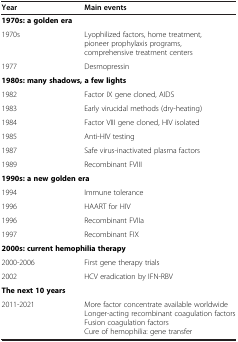
<table><thead><tr><td><b>Year</b></td><td><b>Main events</b></td></tr></thead><tbody><tr><td colspan="2"><b>1970s: a golden era</b></td></tr><tr><td>1970s</td><td>Lyophilized factors, home treatment, pioneer prophylaxis programs,comprehensive treatment centers</td></tr><tr><td>1977</td><td>Desmopressin</td></tr><tr><td colspan="2"><b>1980s: many shadows, a few lights</b></td></tr><tr><td>1982</td><td>Factor IX gene cloned, AIDS</td></tr><tr><td>1983</td><td>Early virucidal methods (dry-heating)</td></tr><tr><td>1984</td><td>Factor VIII gene cloned, HIV isolated</td></tr><tr><td>1985</td><td>Anti-HIV testing</td></tr><tr><td>1987</td><td>Safe virus-inactivated plasma factors</td></tr><tr><td>1989</td><td>Recombinant FVIII</td></tr><tr><td colspan="2"><b>1990s: a new golden era</b></td></tr><tr><td>1994</td><td>Immune tolerance</td></tr><tr><td>1996</td><td>HAART for HIV</td></tr><tr><td>1996</td><td>Recombinant FVIIa</td></tr><tr><td>1997</td><td>Recombinant FIX</td></tr><tr><td colspan="2"><b>2000s: current hemophilia therapy</b></td></tr><tr><td>2000-2006</td><td>First gene therapy trials</td></tr><tr><td>2002</td><td>HCV eradication by IFN-RBV</td></tr><tr><td colspan="2"><b>The next 10 years</b></td></tr><tr><td>2011-2021</td><td>More factor concentrate available worldwideLonger-acting recombinant coagulation factorsFusion coagulation factorsCure of hemophilia: gene transfer</td></tr></tbody></table>